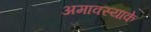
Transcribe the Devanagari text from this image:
अमावस्याके